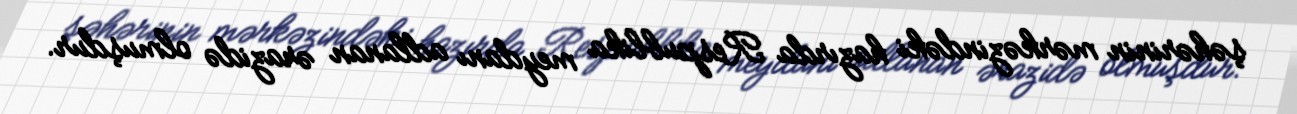
şəhərinin mərkəzindəki hazırda Respublika meydanı adlanan ərazidə olmuşdur.